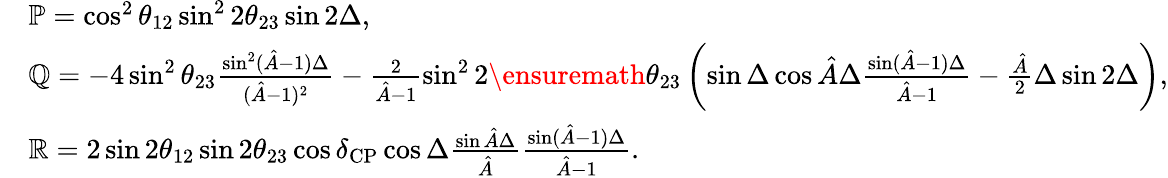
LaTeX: \begin{array}{rl}&{\mathbb{P}=\cos^{2}\theta_{12}\sin^{2}2\theta_{23}\sin 2\Delta,}\\ &{\mathbb{Q}=-4\sin^{2}\theta_{23}\frac{\sin^{2}(\hat{A}-1)\Delta}{(\hat{A}-1)^{2}}-\frac{2}{\hat{A}-1}\sin^{2}2\ensuremath{\theta_{23}}\left(\sin\Delta\cos\hat{A}\Delta\frac{\sin(\hat{A}-1)\Delta}{\hat{A}-1}-\frac{\hat{A}}{2}\Delta\sin 2\Delta\right),}\\ &{\mathbb{R}=2\sin 2\theta_{12}\sin 2\theta_{23}\cos\delta_{\mathrm{CP}}\cos\Delta\frac{\sin\hat{A}\Delta}{\hat{A}}\frac{\sin(\hat{A}-1)\Delta}{\hat{A}-1}.}\end{array}